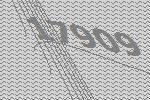
17909